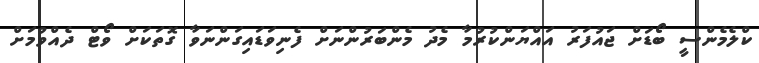
ކްލެމެންސީ ބޯޑަށް ޖައުފަރު އައްޔަންކުރުމާ މެދު މެންބަރުންނަށް ފެނިވަޑައިގަންނަވާ ގޮތަކަށް ވޯޓް ދެއްވުމަށް